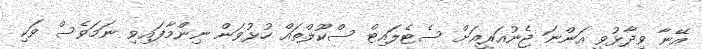
އޭނާ ވިދާޅުވީ އަންނަ ޖެނުއަރީއަށް ސެޓެލައިޓް ސްކޫލްތައް ހުޅުވަން ނިންމާފައިވި ނަމަވެސް ވަކި